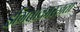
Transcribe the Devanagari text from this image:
इंगिताकारज्ञता